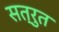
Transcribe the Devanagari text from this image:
सत्रुत